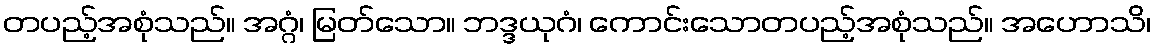
တပည့်အစုံသည်။ အဂ္ဂံ၊ မြတ်သော။ ဘဒ္ဒယုဂံ၊ ကောင်းသောတပည့်အစုံသည်။ အဟောသိ၊